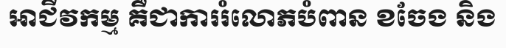
អាជីវកម្ម គឺជាការរំលោភបំពាន ខចែង និង